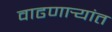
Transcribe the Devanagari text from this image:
वाढणार्‍यांत